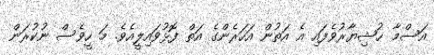
އަސްމާ ޚުޝިޔާރުވެފައި އެ އަތުން އަހަރެންގެ އަތް ފޮޅުވައިލީއެވެ. މަ ހީވެސް ނުކުރަން